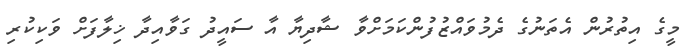
މީގެ އިތުރުން އެތަނުގެ ދެމުވައްޒުފުންކަމަށްވާ ޝާދިޔާ އާ ސައީދު ގަވާއިދާ ޚިލާފަށް ވަކިކުރި